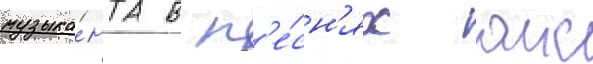
музыка́нта в п'е́сн'ях аис